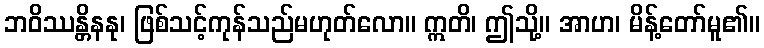
ဘဝိဿန္တိနနု၊ ဖြစ်သင့်ကုန်သည်မဟုတ်လော။ ဣတိ၊ ဤသို့။ အာဟ၊ မိန့်တော်မူ၏။